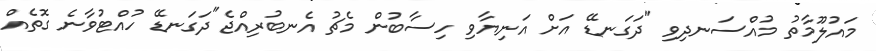
މައުލޫމާތު މުއްސަނދިވި "ދަގަނޑޭ އަށް އަނިޔާވި ހިސާބުން މެޗު އެނބުރިއްޖެ"ދަގަނޑޭ ހުއްޓުވާނެ ގޮތެއް